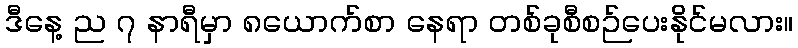
ဒီနေ့ ည ၇ နာရီမှာ ၈ယောက်စာ နေရာ တစ်ခုစီစဉ်ပေးနိုင်မလား။